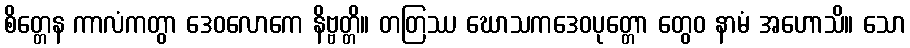
စိတ္တေန ကာလံကတွာ ဒေဝလောကေ နိဗ္ဗတ္တိ။ တတြဿ ဃောသကဒေဝပုတ္တော တွေဝ နာမံ အဟောသိ။ သော